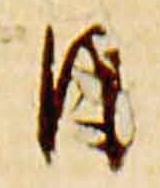
日